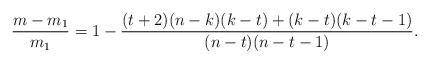
LaTeX: \begin{align*} \frac{m - m_1}{m_1} = 1 - \frac{(t+2)(n-k)(k-t) + (k-t)(k-t-1)}{(n-t)(n-t-1)}.\end{align*}